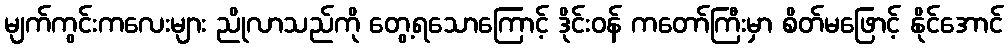
မျက်ကွင်းကလေးများ ညိုလာသည်ကို တွေ့ရသောကြောင့် ဒိုင်းဝန် ကတော်ကြီးမှာ စိတ်မဖြောင့် နိုင်အောင်